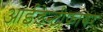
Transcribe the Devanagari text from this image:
आईडेन्टीफायर